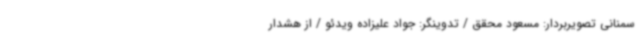
سمنانی تصویربردار: مسعود محقق / تدوینگر: جواد علیزاده ویدئو / از هشدار